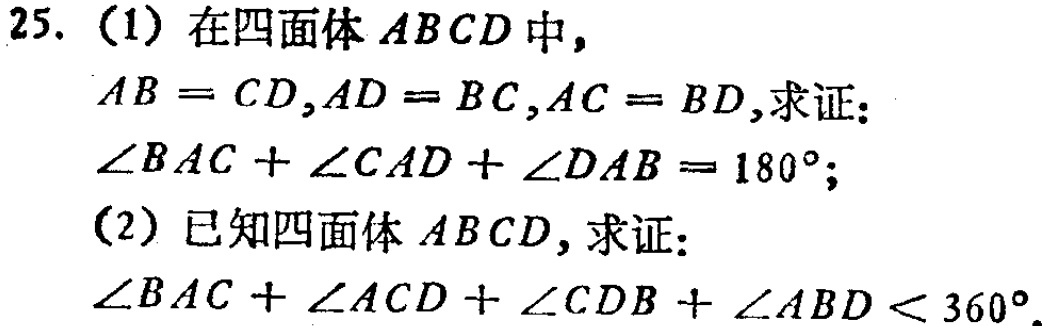
25. (1) 在四面体 \(ABCD\) 中，
\(AB = CD,AD = BC,AC = BD\)，求证：
\(\angle BAC+\angle CAD+\angle DAB = 180^{\circ}\)；
(2) 已知四面体 \(ABCD\)，求证：
\(\angle BAC+\angle ACD+\angle CDB+\angle ABD<360^{\circ}\)。